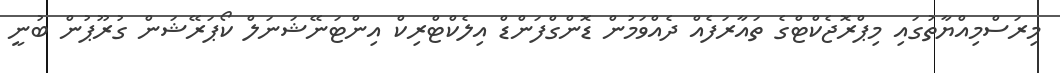
މިރަސްމިއްޔާތުގައި މިޕްރޮޖެކްޓްގެ ތައާރަފެއް ދެއްވަމުން ޑޮންގްފަންޑް އިލެކްޓްރިކް އިންޓަނޭޝަނަލް ކޯޕަރޭޝަން ގުރޫޕުން ބުނީ